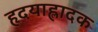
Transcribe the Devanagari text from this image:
हृदयाह्लादक